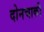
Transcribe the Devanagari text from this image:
दोनचाकी